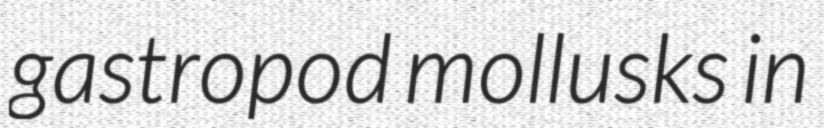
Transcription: gastropod mollusks in